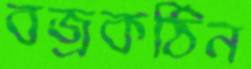
বজ্রকঠিন